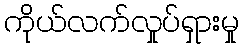
ကိုယ်လက်လှုပ်ရှားမှု